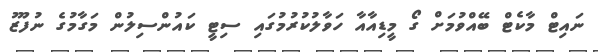
ނައިޓް މާކެޓް ބޭއްވުމަށް ގޯ މީޑިއާއާ ހަވާލުކުރުމުގައި ސިޓީ ކައުންސިލުން މަގާމުގެ ނުފޫޒު